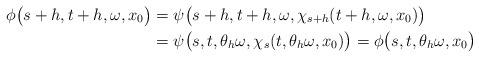
LaTeX: \begin{align*}\phi\big(s+h,t+h,\omega,x_0\big) &= \psi\big(s + h,t + h,\omega,\chi_{s+h}(t+h,\omega,x_0)\big) \\&= \psi\big(s ,t ,\theta_h\omega,\chi_{s}(t, \theta_h\omega,x_0)\big) = \phi\big(s,t,\theta_h \omega,x_0\big)\end{align*}